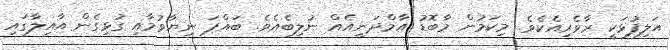
އަލިފުޅަކީ ރާވެރިއެކެވެ. މިކަމުން މާބޮޑު އާމްދަނީއެއް ނުލިބެއެވެ. ބައްޕަ ނިޔާވުމާއި ގުޅިގެން އާއިލާގައި